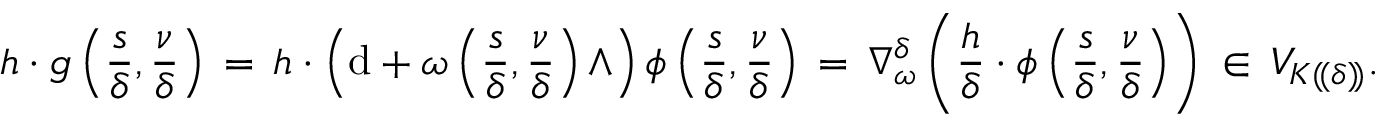
h \cdot g \left( \frac { s } { \delta } , \frac { \nu } { \delta } \right) \, = \, h \cdot \left( \mathrm { d } + \omega \left( \frac { s } { \delta } , \frac { \nu } { \delta } \right) \wedge \right) \phi \left( \frac { s } { \delta } , \frac { \nu } { \delta } \right) \, = \, \nabla _ { \omega } ^ { \delta } \left( \frac { h } { \delta } \cdot \phi \left( \frac { s } { \delta } , \frac { \nu } { \delta } \right) \right) \, \in \, V _ { K ( \! ( \delta ) \! ) } .